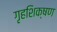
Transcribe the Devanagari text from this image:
गृहशिक्षण